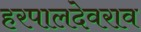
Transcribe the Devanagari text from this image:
हरपालदेवराव